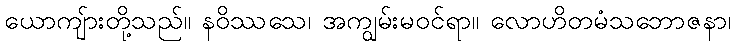
ယောကျ်ားတို့သည်။ နဝိဿသေ၊ အကျွမ်းမဝင်ရာ။ လောဟိတမံသဘောဇနာ၊